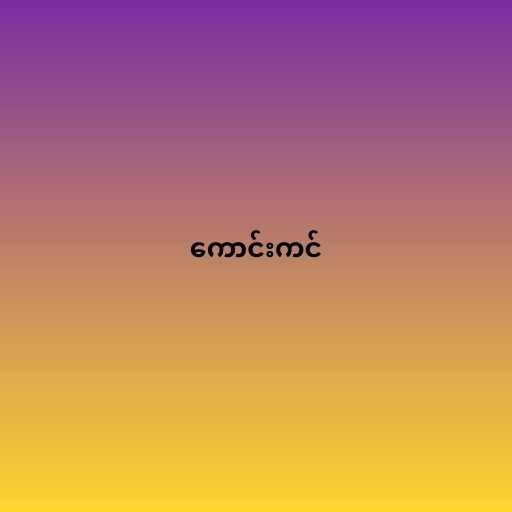
ကောင်းကင်